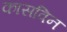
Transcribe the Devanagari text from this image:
कासविन